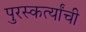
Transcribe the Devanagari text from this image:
पुरस्कर्त्यांची